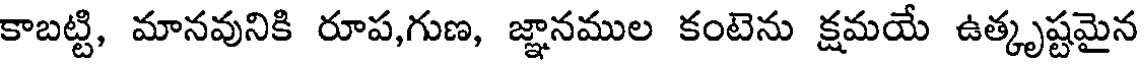
కాబట్టి, మానవునికి రూప,గుణ, జ్ఞానముల కంటెను క్షమయే ఉత్కృష్టమైన